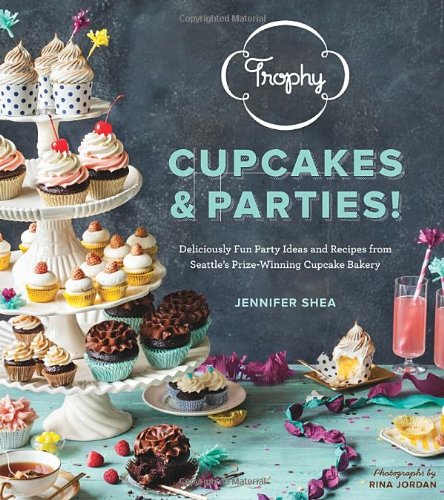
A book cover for Trophy Cupcakes and Parties!: Deliciously Fun Party Ideas and Recipes from Seattle's Prize-Winning Cupcake Bakery; Jennifer Shea; Cookbooks, Food & Wine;